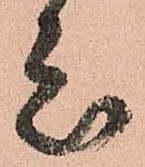
衆